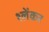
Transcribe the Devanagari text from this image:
श्लेंकर